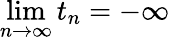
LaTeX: \operatorname*{lim}_{n\to\infty}t_{n}=-\infty